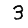
Digit: 3